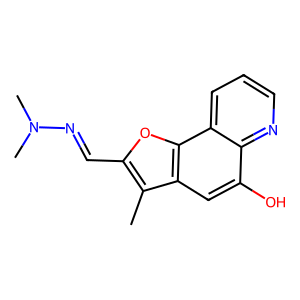
SMILES: Cc1c(C=NN(C)C)oc2c1cc(O)c1ncccc12
Inhibits HIV replication: No